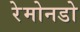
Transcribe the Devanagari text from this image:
रेमोनडो